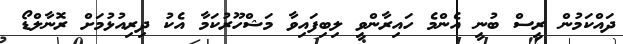
ދައްކަމުން ރީސް ބުނީ އެންމެ ހައިރާންވީ ލިބިފައިވާ މަޝްހޫރުކަމާ އެކު ދިރިއުޅުމަށް ރޮނާލްޑޯ